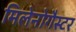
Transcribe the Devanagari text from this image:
मिलेनोगैस्टर